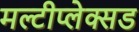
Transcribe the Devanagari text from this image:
मल्टीप्लेक्सड